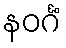
နဝင်္ဂံ